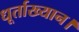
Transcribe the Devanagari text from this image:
धूर्ताख्यान।